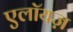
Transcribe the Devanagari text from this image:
एलॉयज़